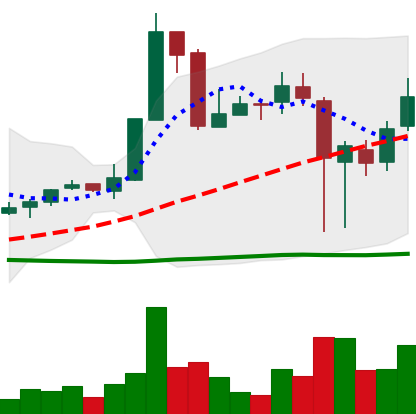
Ticker: XRP-USD
Chart end date: 2018-11-18
Forward return: -20.186%
Label: down_7plus